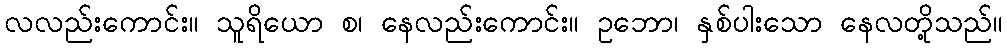
လလည်းကောင်း။ သူရိယော စ၊ နေလည်းကောင်း။ ဥဘော၊ နှစ်ပါးသော နေလတို့သည်။